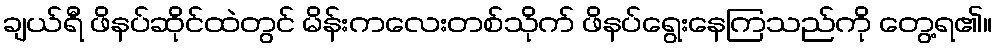
ချယ်ရီ ဖိနပ်ဆိုင်ထဲတွင် မိန်းကလေးတစ်သိုက် ဖိနပ်ရွေးနေကြသည်ကို တွေ့ရ၏။